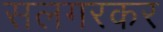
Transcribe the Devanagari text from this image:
सलगरकर